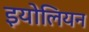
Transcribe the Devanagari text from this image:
इयोलियन